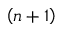
\left( n + 1 \right)